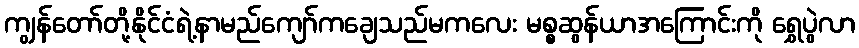
ကျွန်တော်တို့နိုင်ငံရဲ့နာမည်ကျော်ကချေသည်မကလေး မစ္စဆွန်ယာအကြောင်းကို ရွှေပွဲလာ